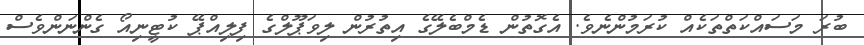
ބުރަ މަސައްކަތްތަކެއް ކުރަމުންނެވެ. އެގޮތުން ޑެމްބެލޭގެ އިތުރުން ލިވަޕޫލްގެ ފިލިއްޕޭ ކުޓީނިއޯ ގެންނަންވެސް